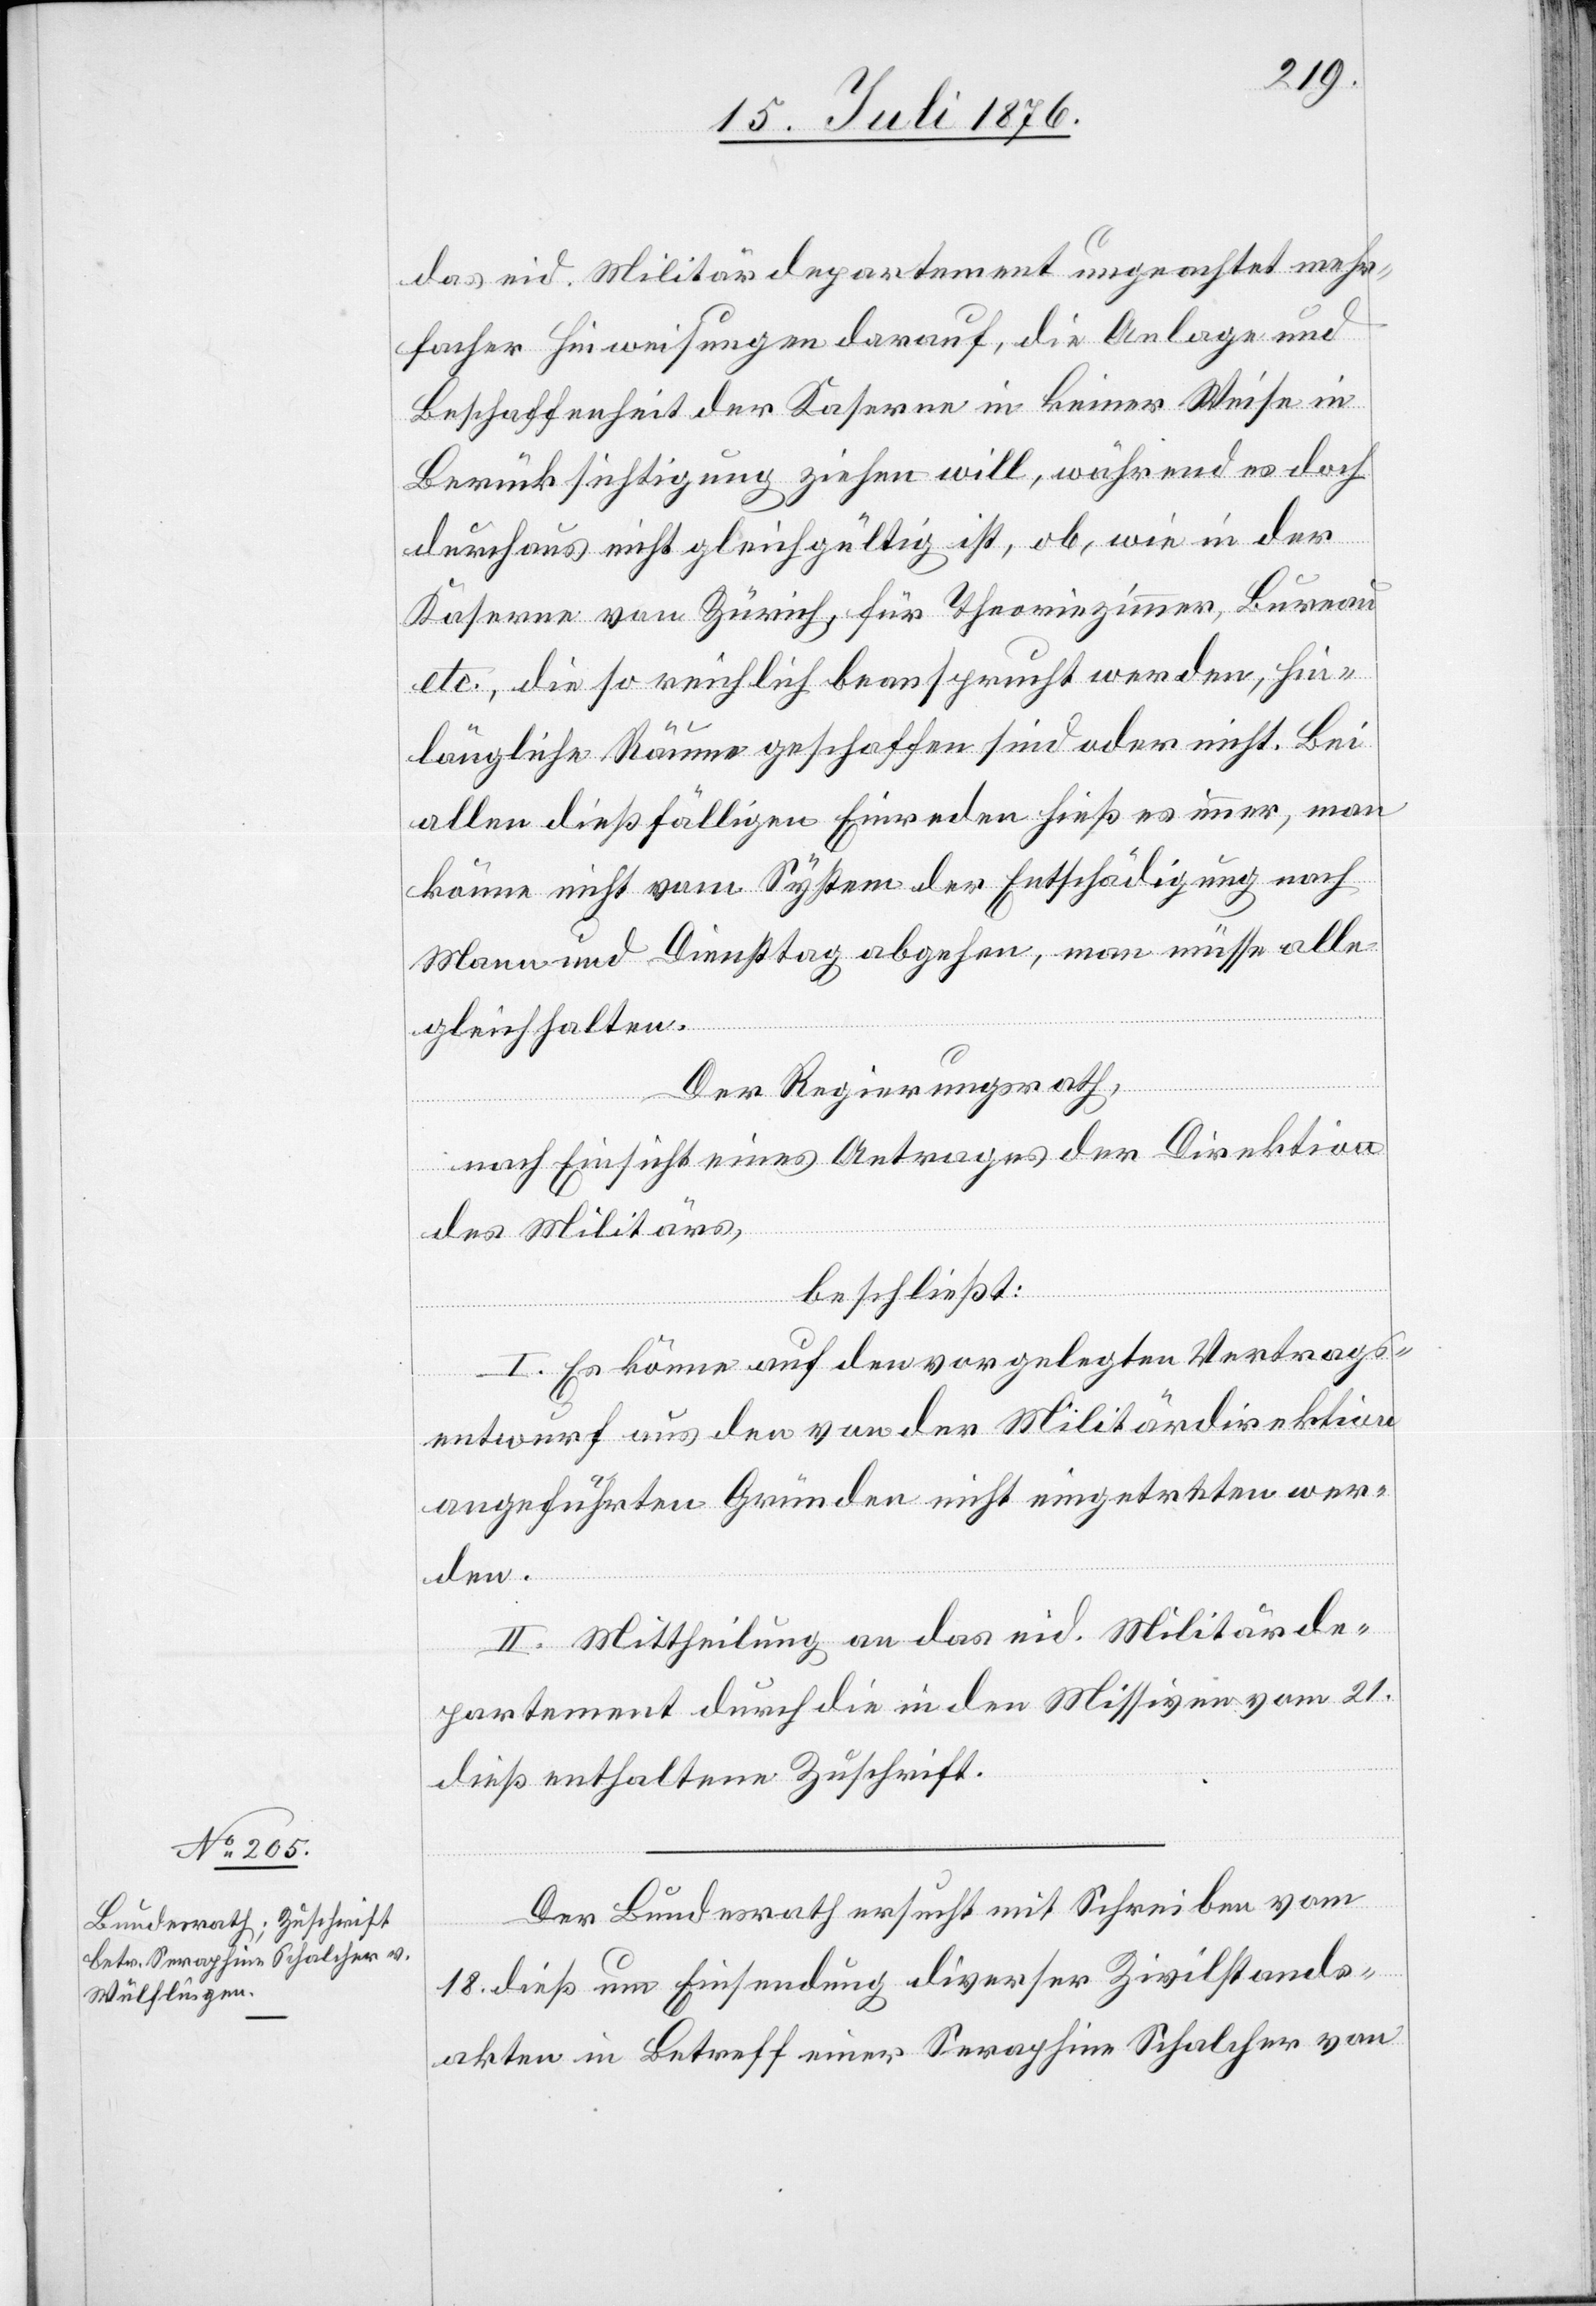
20. Juli 1876.]
das eid. Militärdepartement ungeachtet mehr¬
facher Hinweisungen darauf, die Anlage und
Beschaffenheit der Kaserne in keiner Weise in
Berücksichtigung ziehen will, während es doch
durchaus nicht gleichgültig ist, ob, wie in der
Kaserne von Zürich, für Theoriezimmer, Bureau
etc., die so reichlich beansprucht werden, hin¬
längliche Räume geschaffen sind oder nicht. Bei
allen dießfälligen Einreden hieß es immer, man
könne nicht vom System der Entschädigung nach
Mann und Diensttag abgehen, man müsse alle
gleichhalten.
Der Regierungsrath,
nach Einsicht eines Antrages der Direktion
des Militärs,
beschließt:
I. Es könne auf den vorgelegten Vertrags¬
entwurf aus den von der Militärdirektion
angeführten Gründen nicht eingetreten wer¬
den.
II. Mittheilung an das eid. Militärde¬
partement durch die in den Missiven vom 21.
dieß enthaltene Zuschrift.
Der Bundesrath ersucht mit Schreiben vom
18. dieß um Einsendung diverser Zivilstands¬
akten in Betreff einer Seraphine Schalcher von